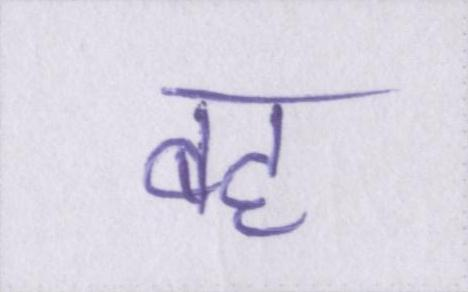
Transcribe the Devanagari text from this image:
बह